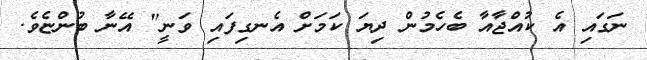
ނަގައި އެ ކުއްޖާއާ ބެހެމުން ދިޔަ ކަމަށް އެނގިފައި ވަނީ" އޭނާ ބުންޏެވެ.